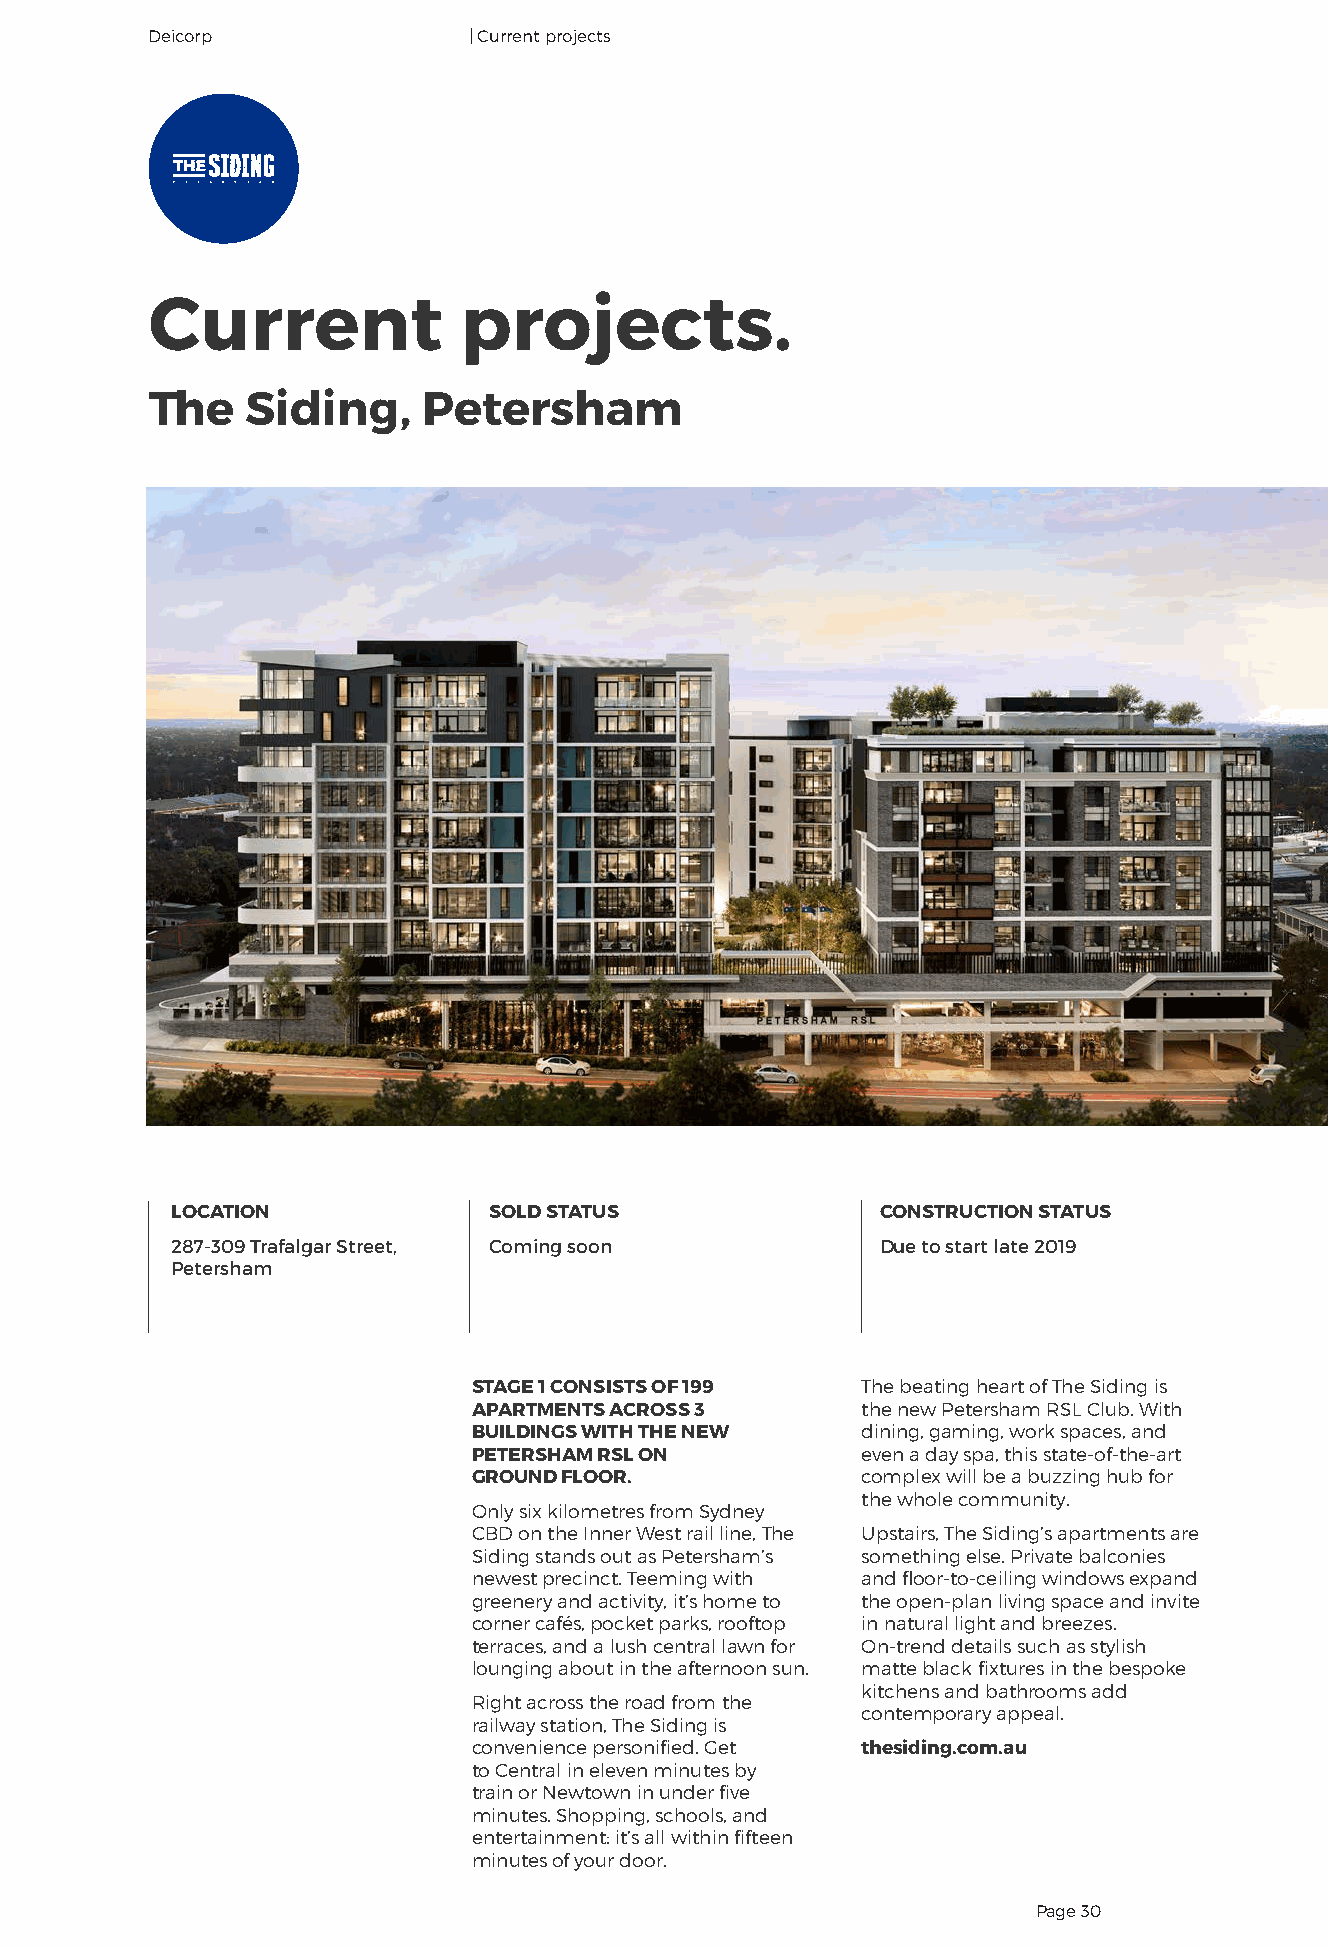
Deicorp              | Current projects
 Current             projects.
 The   Siding,     Petersham
 High  rez  required
 LOCATION             SOLD STATUS               CONSTRUCTION STATUS
 287-309 Trafalgar Street, Coming soon          Due to start late 2019
 Petersham
 STAGE 1 CONSISTS OF 199   The beating heart of The Siding is
 APARTMENTS ACROSS 3       the new Petersham RSL Club. With
 BUILDINGS WITH THE NEW    dining, gaming, work spaces, and
 PETERSHAM RSL ON          even a day spa, this state-of-the-art
 GROUND FLOOR.             complex will be a buzzing hub for
 the whole community.
 Only six kilometres from Sydney
 CBD on the Inner West rail line, The Upstairs, The Siding’s apartments are
 Siding stands out as Petersham’s something else. Private balconies
 newest precinct. Teeming with and floor-to-ceiling windows expand
 greenery and activity, it’s home to the open-plan living space and invite
 corner cafés, pocket parks, rooftop in natural light and breezes.
 terraces, and a lush central lawn for On-trend details such as stylish
 lounging about in the afternoon sun. matte black fixtures in the bespoke
 kitchens and bathrooms add
 Right across the road from the
 contemporary appeal.
 railway station, The Siding is
 convenience personified. Get thesiding.com.au
 to Central in eleven minutes by
 train or Newtown in under five
 minutes. Shopping, schools, and
 entertainment: it’s all within fifteen
 minutes of your door.
 Page 30